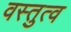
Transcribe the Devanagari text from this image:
वस्तुत्व